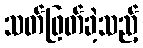
သတ်ဖြတ်ခဲ့သည့်